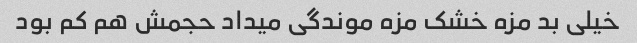
خیلی بد مزه خشک مزه موندگی میداد حجمش هم کم بود